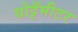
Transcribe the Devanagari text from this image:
योट्टॅमीटर